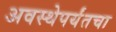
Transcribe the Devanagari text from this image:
अवस्थेपर्यंतचा